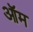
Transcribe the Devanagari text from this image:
ऑम